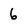
Character: 6